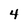
Character: 4